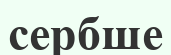
сербше